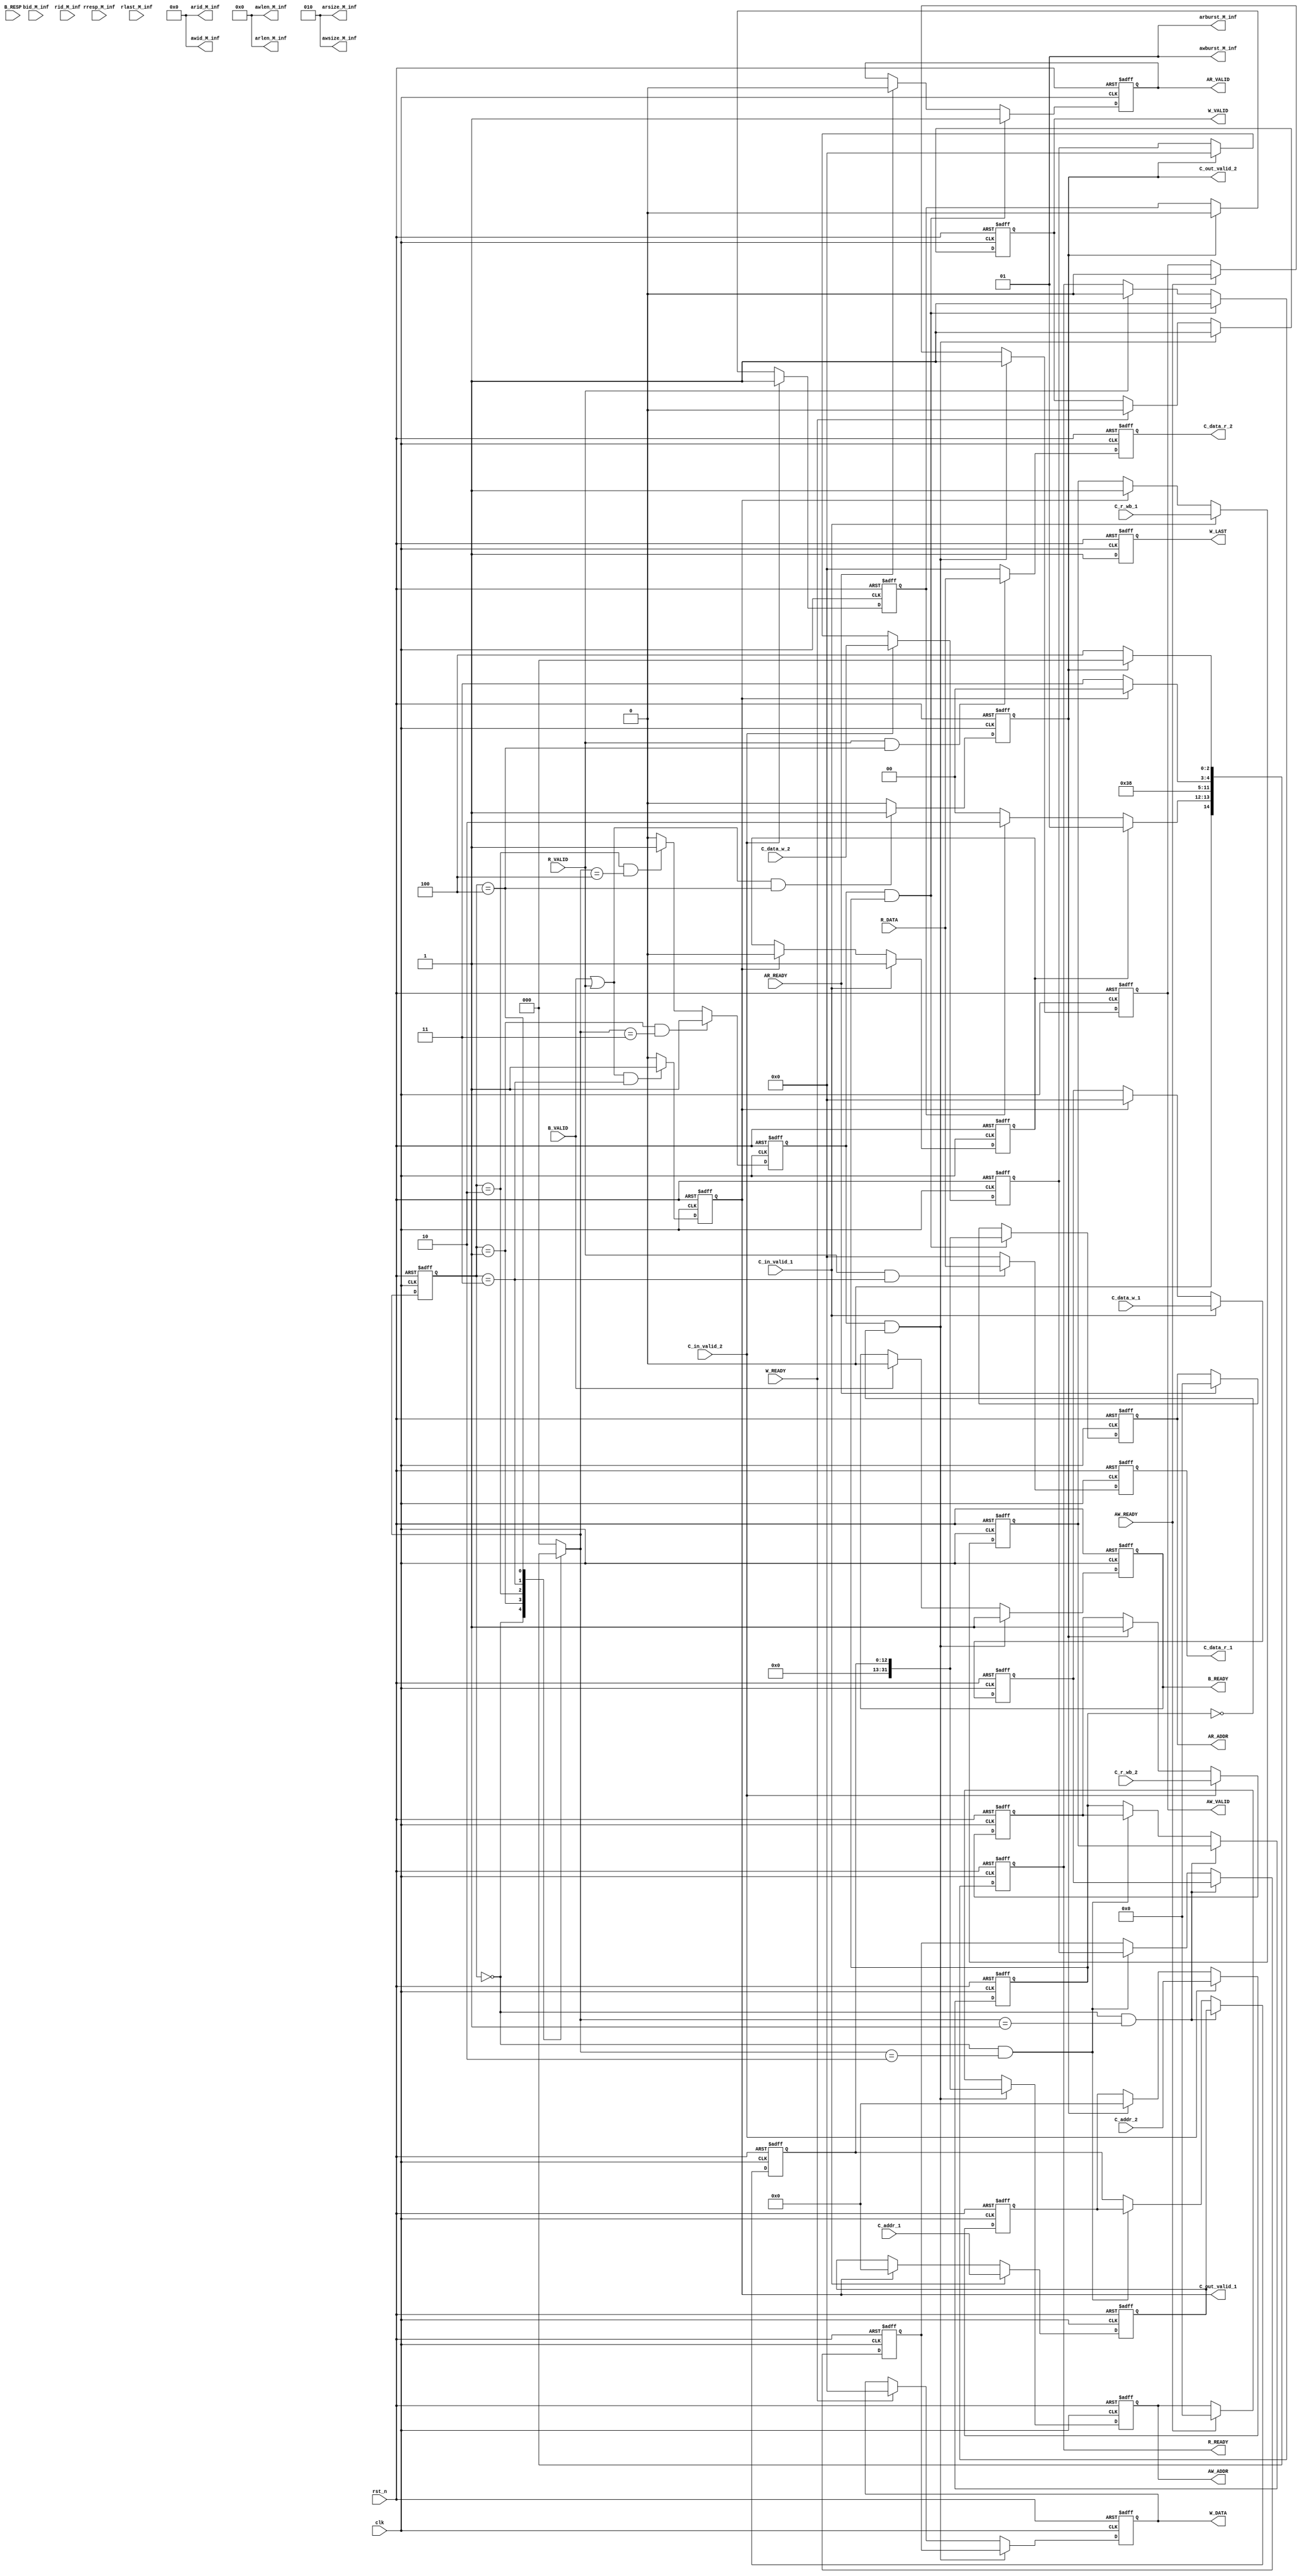
module DATA_BRIDGE2(
    clk,
    rst_n,
    C_in_valid_1,
    C_addr_1,
    C_data_w_1,
    C_r_wb_1,
    C_out_valid_1,
    C_data_r_1,
    C_in_valid_2,
    C_addr_2,
    C_data_w_2,
    C_r_wb_2,
    C_out_valid_2,
    C_data_r_2,
    awid_M_inf,
    AW_ADDR,
    awsize_M_inf,
    awburst_M_inf,
    awlen_M_inf,
    AW_VALID,
    AW_READY,
    W_DATA,
    W_LAST,
    W_VALID,
    W_READY,
    bid_M_inf,
    B_RESP,
    B_VALID,
    B_READY,
    arid_M_inf,
    AR_ADDR,
    arlen_M_inf,
    arsize_M_inf,
    arburst_M_inf,
    AR_VALID,
    AR_READY,
    rid_M_inf,
    R_DATA,
    rresp_M_inf,
    rlast_M_inf,
    R_VALID,
    R_READY
);
parameter ID_WIDTH=4, ADDR_WIDTH=32, DATA_WIDTH=16;
parameter RW_LEN = 8'd0;

output wire [ID_WIDTH-1:0]      awid_M_inf;
output reg [ADDR_WIDTH-1:0]  AW_ADDR;
output wire [2:0]             awsize_M_inf;
output wire [1:0]            awburst_M_inf;
output wire [7:0]              awlen_M_inf;
output reg                  AW_VALID;
// src slave
input  wire                  AW_READY;
// -------------------------

// axi write data channel
// src master
output reg [DATA_WIDTH-1:0]   W_DATA;
output reg                   W_LAST;
output reg                   W_VALID;
// src slave
input  wire                   W_READY ;

// axi write resp channel
// src slave
input  wire  [ID_WIDTH-1:0]      bid_M_inf ;
input  wire  [1:0]             B_RESP ;
input  wire                   B_VALID;
// src master
output reg                   B_READY;
// ------------------------

// axi read addr channel
// src master
output wire [ID_WIDTH-1:0]      arid_M_inf;
output reg [ADDR_WIDTH-1:0]  AR_ADDR;
output wire [7:0]              arlen_M_inf;
output wire [2:0]             arsize_M_inf;
output wire [1:0]            arburst_M_inf;
output reg                  AR_VALID;
// src slave
input  wire                  AR_READY;
// ------------------------

// axi read data channel
// slave
input  wire [ID_WIDTH-1:0]       rid_M_inf ;
input  wire [DATA_WIDTH-1:0]   R_DATA;
input  wire [1:0]              rresp_M_inf ;
input  wire                    rlast_M_inf;
input  wire                   R_VALID;
// master
output reg                   R_READY;

// bridge
input clk;
input rst_n;
input [13-1:0] C_addr_1,C_addr_2;
input C_in_valid_1,C_in_valid_2;
input [DATA_WIDTH-1:0] C_data_w_1,C_data_w_2;
input C_r_wb_1,C_r_wb_2;
output reg C_out_valid_1,C_out_valid_2;
output reg [DATA_WIDTH-1:0] C_data_r_1,C_data_r_2;

assign   arid_M_inf = 0;
assign   arlen_M_inf = 0;
assign   arsize_M_inf = 2;
assign   arburst_M_inf = 1;
assign   awid_M_inf = 0;
assign   awsize_M_inf = 2;
assign   awburst_M_inf = 1;
assign   awlen_M_inf = 0;

reg C_1_IV,C_2_IV;
reg [13-1:0] C_1_ADDR,C_2_ADDR;
reg [DATA_WIDTH-1:0] C_1_DATA_W,C_2_DATA_W;
reg C_1_RW,C_2_RW;

reg C_in_valid;
reg C_r_wb;
reg [15:0] C_data_w;
reg [13-1:0] C_addr;

reg [2:0] s_c,s_n;
parameter s_IDLE=3'd0;
parameter s_PRE_1=3'd1;
parameter s_PRE_2=3'd2;
parameter s_RW_1=3'd3;
parameter s_RW_2=3'd4;

//assign C_in_valid = (s_c==s_IDLE && s_n!=s_IDLE)? 1 : 0;
//assign C_r_wb = (s_n==s_RW_1)? C_RW_1 : C_RW_2;
//assign C_data_w = (s_n==s_RW_1)? C_DATA_W_1 : C_DATA_W_2;
//assign C_addr = (s_n==s_RW_1)? C_ADDR_1 : C_ADDR_2;

always @ (posedge clk or negedge rst_n) begin
    if(!rst_n) begin C_in_valid <= 0;
    end else if(s_c==s_PRE_1 && s_n==s_RW_1) C_in_valid <= 1;
     else if(s_c==s_PRE_2 && s_n==s_RW_2) C_in_valid <= 1;
    else C_in_valid <=0;
end
always @ (posedge clk or negedge rst_n) begin
    if(!rst_n) begin C_r_wb <= 0;
    end else if(s_c==s_IDLE && s_n==s_PRE_1) C_r_wb <= C_1_RW;
     else if(s_c==s_IDLE && s_n==s_PRE_2) C_r_wb <= C_2_RW;
end
always @ (posedge clk or negedge rst_n) begin
    if(!rst_n) begin C_data_w <= 0;
    end else if(s_c==s_IDLE && s_n==s_PRE_1) C_data_w <= C_1_DATA_W;
     else if(s_c==s_IDLE && s_n==s_PRE_2) C_data_w <= C_2_DATA_W;
end
always @ (posedge clk or negedge rst_n) begin
    if(!rst_n) begin C_addr <= 0;
    end else if(s_c==s_IDLE && s_n==s_PRE_1) C_addr <= C_1_ADDR;
     else if(s_c==s_IDLE && s_n==s_PRE_2) C_addr <= C_2_ADDR;
end
always @ (posedge clk or negedge rst_n) begin
    if(!rst_n) begin
        C_1_IV <= 0;
        C_1_ADDR<= 0;
        C_1_DATA_W<= 0;
        C_1_RW <= 1;
    end else if(C_in_valid_1) begin
        C_1_IV <= 1;
        C_1_ADDR<= C_addr_1;
        C_1_DATA_W<= C_data_w_1;
        C_1_RW <= C_r_wb_1;
    end else if(C_out_valid_1) begin
        C_1_IV <= 0;
        C_1_ADDR<= 0;
        C_1_DATA_W<= 0;
        C_1_RW <= 1;
    end
end
always @ (posedge clk or negedge rst_n) begin
    if(!rst_n) begin
        C_2_IV <= 0;
        C_2_ADDR<= 0;
        C_2_DATA_W<= 0;
        C_2_RW <= 1;
    end else if(C_in_valid_2) begin
        C_2_IV <= 1;
        C_2_ADDR<= C_addr_2;
        C_2_DATA_W<= C_data_w_2;
        C_2_RW <= C_r_wb_2;
    end else if(C_out_valid_2) begin
        C_2_IV <= 0;
        C_2_ADDR<= 0;
        C_2_DATA_W<= 0;
        C_2_RW <= 1;
    end
end

always @ (posedge clk or negedge rst_n) begin
    if(!rst_n) s_c <= s_IDLE;
    else s_c <= s_n;
end
always @ ( * ) begin
    case(s_c)
        s_IDLE: if(C_1_IV) s_n <= s_PRE_1;
                else if(C_2_IV) s_n <= s_PRE_2;
                else s_n <= s_IDLE;
        s_PRE_1: s_n <= s_RW_1 ;
        s_PRE_2: s_n <= s_RW_2 ;
        s_RW_1: if(C_out_valid_1) s_n <= s_IDLE; else s_n <= s_RW_1;
        s_RW_2: if(C_out_valid_2) s_n <= s_IDLE; else s_n <= s_RW_2;
        default:s_n <= s_IDLE;
    endcase
end
always @ (posedge clk or negedge rst_n) begin
    if(!rst_n) C_out_valid_1 = 0;
    else if(B_VALID | R_VALID && s_c==s_RW_1)  C_out_valid_1 = 1;
    else C_out_valid_1 = 0;
end
always @ (posedge clk or negedge rst_n) begin
    if(!rst_n) C_out_valid_2 = 0;
    else if(B_VALID | R_VALID && s_c==s_RW_2)  C_out_valid_2 = 1;
    else C_out_valid_2 = 0;
end
always @ (posedge clk or negedge rst_n) begin
    if(!rst_n) C_data_r_1 <=0;
    else if(R_VALID && s_c==s_RW_1) C_data_r_1 <= R_DATA;
    else C_data_r_1 <=0;
end
always @ (posedge clk or negedge rst_n) begin
    if(!rst_n) C_data_r_2 <=0;
    else if(R_VALID && s_c==s_RW_2) C_data_r_2 <= R_DATA;
    else C_data_r_2 <=0;
end
/*
output AR_READY,
output R_VALID,
output R_DATA,
output AW_READY,
output W_READY,
output B_VALID,
output B_RESP,
// read
input AR_VALID,
input AR_ADDR,
input R_READY,
// write
input AW_VALID,
input AW_ADDR,
input W_VALID,
input W_DATA,
input B_READY
*/
//--------------------------------------------------
// read
//--------------------------------------------------
// AR_VALID
always @ (posedge clk or negedge rst_n) begin
    if(!rst_n) AR_VALID = 0;
    else if(C_in_valid && (C_r_wb)) AR_VALID = 1;
    else if(AR_READY) AR_VALID = 0;
end
// AR_ADDR
always @ (posedge clk or negedge rst_n) begin
    if(!rst_n) AR_ADDR = 0;
    else if(C_in_valid && (C_r_wb)) begin
        AR_ADDR = C_addr;
        //$strobe("read addr %h",AR_ADDR);
    end
    else if(AR_READY) AR_ADDR = 0;
end
// R_READY
always @ (posedge clk or negedge rst_n) begin
    if(!rst_n) R_READY = 0;
    else if(C_in_valid && (C_r_wb)) R_READY = 1;
    else if(R_VALID) R_READY = 0;
end

//--------------------------------------------------
// write
//--------------------------------------------------
// AW_VALID
always @ (posedge clk or negedge rst_n) begin
    if(!rst_n) AW_VALID = 0;
    else if(C_in_valid && (!C_r_wb)) AW_VALID = 1;
    else if(AW_READY) AW_VALID = 0;
end
// AW_ADDR
always @ (posedge clk or negedge rst_n) begin
    if(!rst_n) AW_ADDR = 0;
    else if(C_in_valid && (!C_r_wb)) begin
        AW_ADDR = C_addr ;
        //$strobe("write addr %h",inf.AW_ADDR);
    end
    else if(AW_READY) AW_ADDR = 0;
end
// W_VALID
always @ (posedge clk or negedge rst_n) begin
    if(!rst_n) W_VALID = 0;
    else if(C_in_valid && (!C_r_wb)) W_VALID = 1;
    else if( W_READY ) W_VALID = 0;
end
// W_DATA
always @ (posedge clk or negedge rst_n) begin
    if(!rst_n) W_DATA = 0;
    else if(C_in_valid && (!C_r_wb)) W_DATA =  C_data_w;
    else if( W_READY ) W_DATA = 0;
end
// B_READY
always @ (posedge clk or negedge rst_n) begin
    if(!rst_n) B_READY = 0;
    else if(C_in_valid && (!C_r_wb)) B_READY = 1;
    else if( B_VALID ) B_READY = 0;
end
always @ (posedge clk or negedge rst_n) begin
    if(!rst_n) W_LAST = 1;
    //else if(W_READY) W_LAST <= 1;
    else W_LAST = 1;
end
endmodule